NAE_kihelkonnakohtute_kirjad_ja_protokollid_1869-1889, lk 6
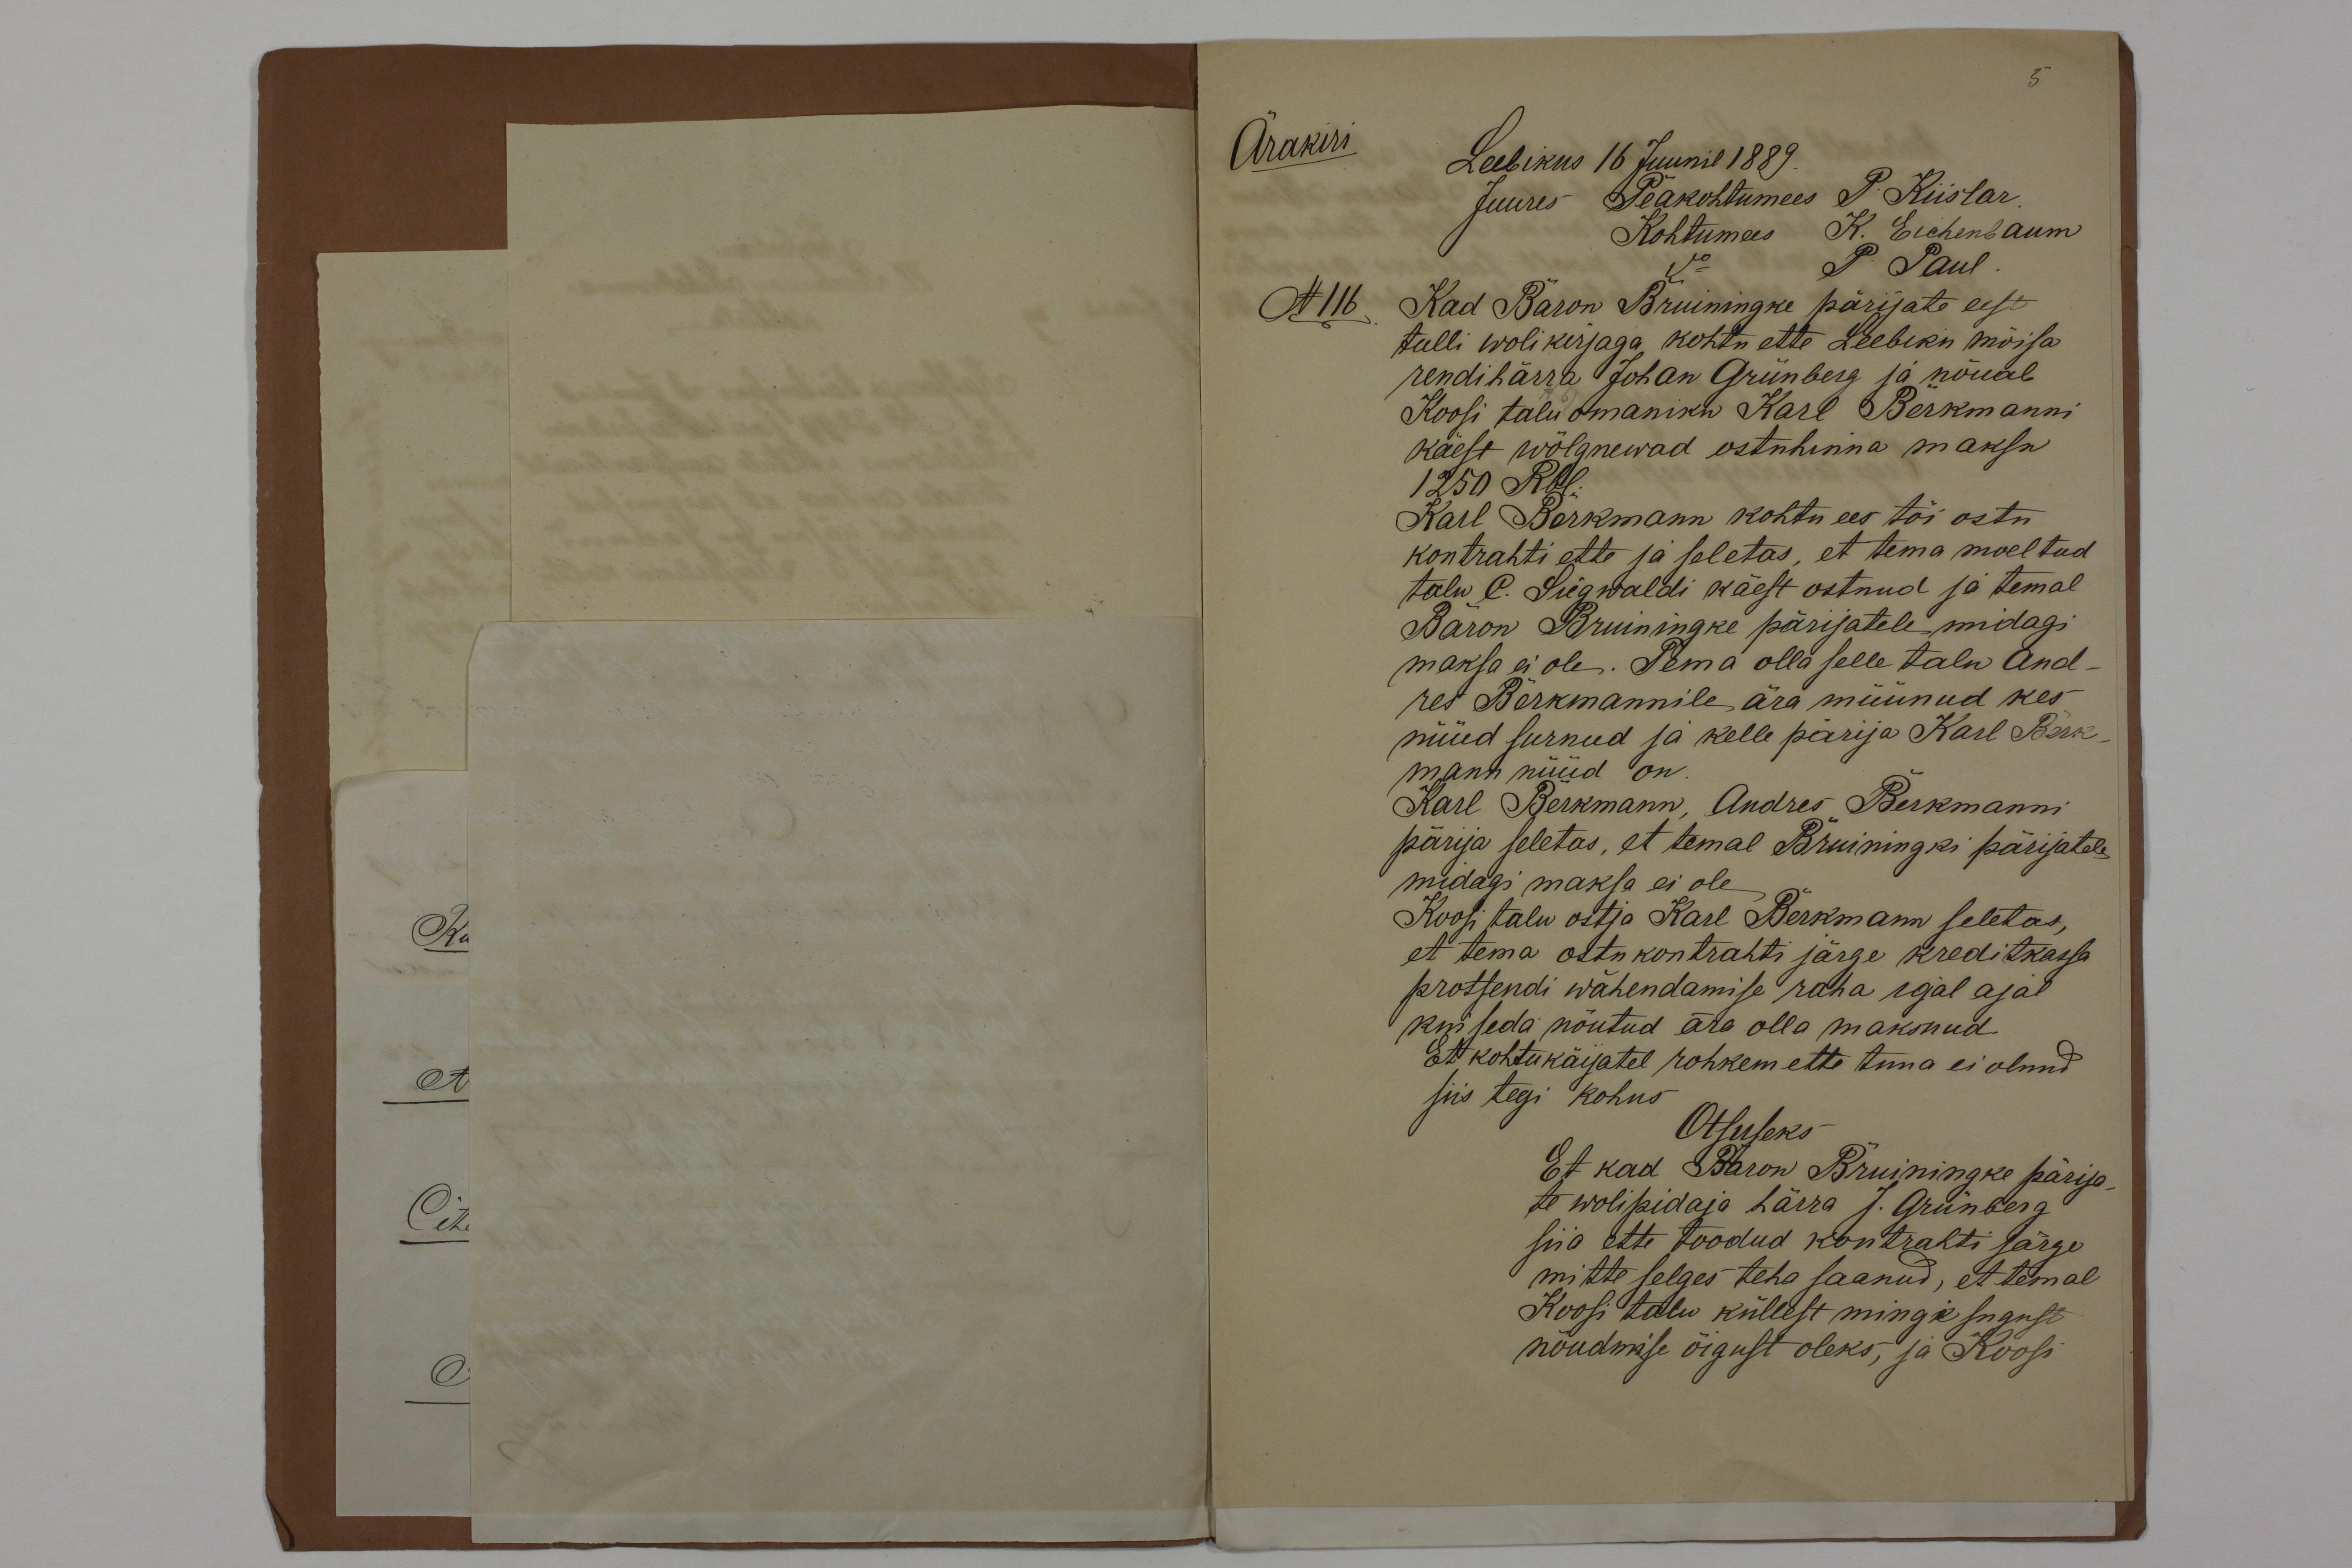
Ärakiri
N116.

Leebikus 16 Juunil 1889.
Juures Peakohtumees P. Riistar.
Kohtumees K. Lichenbaum
P Paul.
Kad Baron Bruiningke pärijate eest
tulli wolikirjaga kohtu ette Leebiku mõisa
rendihärra Johan Grünberg ja nõuab
Koosi talu omaniku Karl Berkmanni
käest wõlgnewad ostuhinna maksu
1250 Rbl.
Karl Berkmann kohtu ees tõi ostu
kontrahti ette ja seletas et tema moeltud
talu. C. Siegwaldi käest ostnud ja temal
Baron Bruningke pärijatele midagi
maksa ei ole. Tema olla selle talu And-
pes Berkmannile ära müünud kes
nüüd surnud ja kelle pärija Karl Berk-
mann nüüd on
Karl Berkmann, Andres Berkmanni
pärija seletas, et temal Bruiningki pärijatele
midagi maksa ei ole
Koosi talu ostja Karl Berkmann seletas,
et tema ostukontrahti järge kreditkassa
protsendi wahendamise raha igal ajal
kui seda nõutud ära olla maksnud.
Et kohtukäijatel rohkem ette tuua ei olnud
siis tegi kohus
Otsuseks
Et kad Baron Bruiningke pärija-
te wolipidaja härra J. Grünberg
siia ette toodud kontrahti järge
mitte selges teha saanud, et temal
Koosi talu küllest mingisugust
nõudmise õigust oleks, ja Koosi